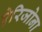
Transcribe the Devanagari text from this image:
ऐरिजोना